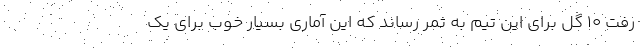
رفت ۱۰ گل برای این تیم به ثمر رساند که این آماری بسیار خوب برای یک